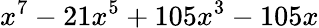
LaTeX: x^{7}-21x^{5}+105x^{3}-105x